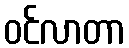
ဝင်လာတာ